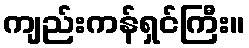
ကျည်းကန်ရှင်ကြီး။